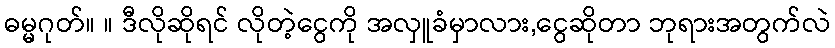
ဓမ္မဂုတ်။ ။ ဒီလိုဆိုရင် လိုတဲ့ငွေကို အလှူခံမှာလား,ငွေဆိုတာ ဘုရားအတွက်လဲ